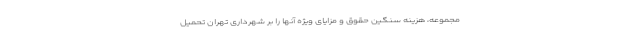
مجموعه، هزینه سنگین حقوق و مزایای ویژه آنها را بر شهردارى تهران تحمیل